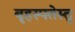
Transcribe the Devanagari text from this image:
बृहस्पतेस्तु